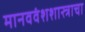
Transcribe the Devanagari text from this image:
मानववंशशास्त्राचा